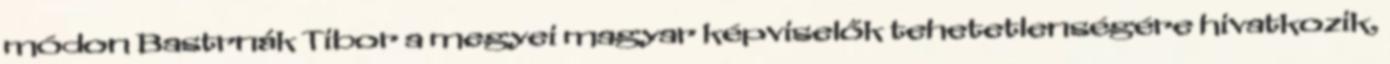
módon Bastrnák Tibor a megyei magyar képviselők tehetetlenségére hivatkozik,